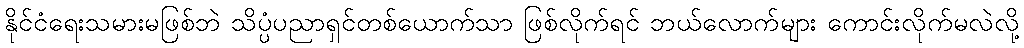
နိုင်ငံရေးသမားမဖြစ်ဘဲ သိပ္ပံပညာရှင်တစ်ယောက်သာ ဖြစ်လိုက်ရင် ဘယ်လောက်များ ကောင်းလိုက်မလဲလို့